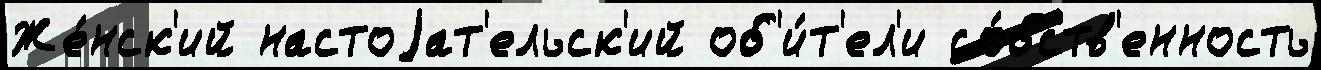
Же́нск'ий настоjат'ельск'ий об'и́т'ел'и со́бств'енность